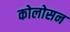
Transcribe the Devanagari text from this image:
कोलोसन